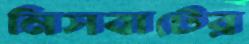
নিসবাটের